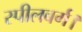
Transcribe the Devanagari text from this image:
स्पीलबर्ग।